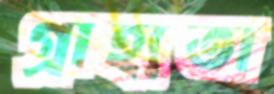
গ্রাহ্যতা